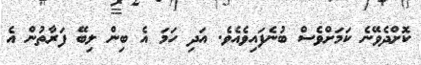
ކޮށްދެވޭނެ ކަމަށްވެސް ބުނެފައިވެއެވެ. އަދި ހަމަ އެ ބިން ލިބޭ ފަރާތުން އެ